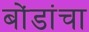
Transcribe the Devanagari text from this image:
बोंडांचा